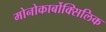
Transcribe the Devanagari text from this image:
मोनोकार्बोक्सिलिक